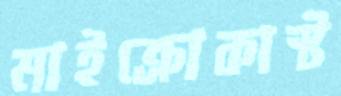
মাইক্রোকাস্ট